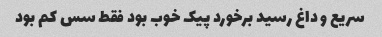
سریع و داغ رسید برخورد پیک خوب بود فقط سس کم بود